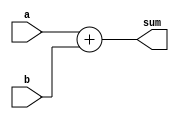
module behavioral_adder (
    input [3:0] a,
    input [3:0] b,
    output [4:0] sum
);

    assign sum = a + b;
endmodule